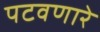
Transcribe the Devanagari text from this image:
पटवणारे